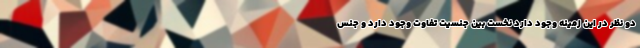
دو نظر در این زمینه وجود دارد نخست بین جنسیت تفاوت وجود دارد و جنس